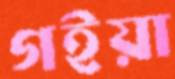
গইয়া